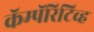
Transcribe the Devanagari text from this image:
कॅम्पॅरिटिव्ह